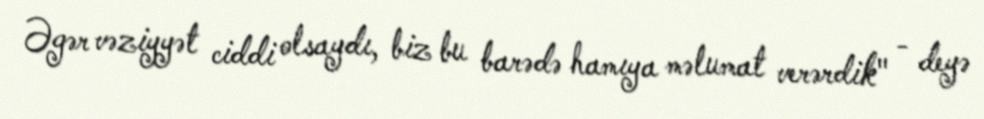
Əgər vəziyyət ciddi olsaydı, biz bu barədə hamıya məlumat verərdik" - deyə